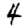
Digit: 4